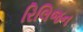
રિલિજન